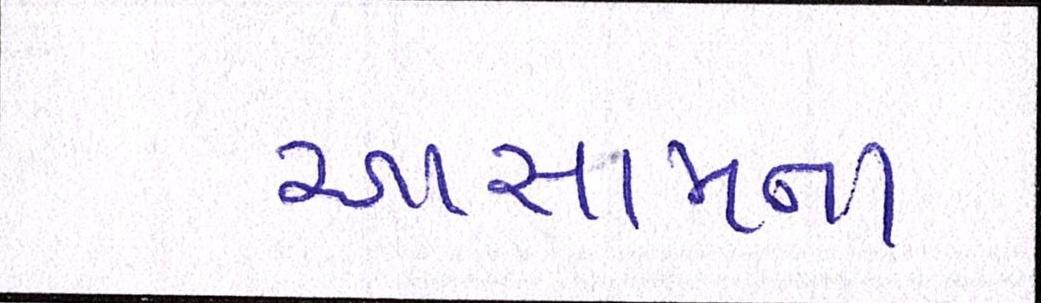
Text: આસામના